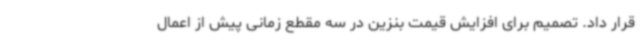
قرار داد. تصمیم برای افزایش قیمت بنزین در سه مقطع زمانی پیش از اعمال